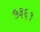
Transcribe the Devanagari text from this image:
५३६१